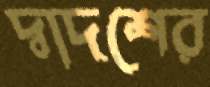
দ্বাদশের